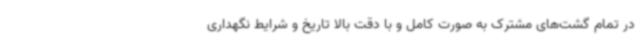
در تمام گشت‌های مشترک به صورت کامل و با دقت بالا تاریخ و شرایط نگهداری